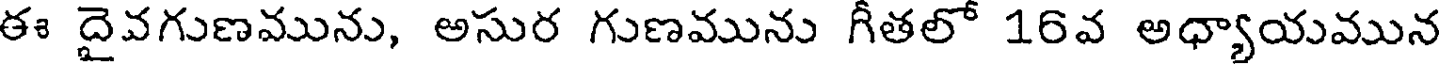
ఈ దైవగుణమును, అసుర గుణమును గీతలో 16వ అధ్యాయమున